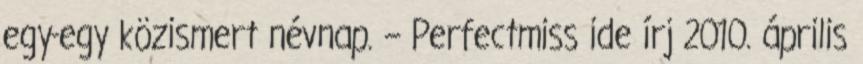
egy-egy közismert névnap. – Perfectmiss ide írj 2010. április